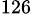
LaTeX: ^{126}